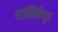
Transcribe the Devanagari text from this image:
शांतिकेंद्र